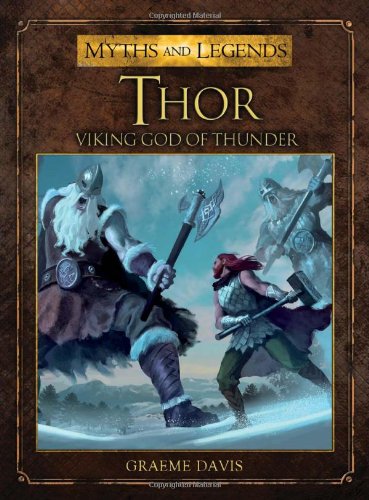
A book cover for Thor: The Viking God of Thunder (Myths and Legends); Graeme Davis; Children's Books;